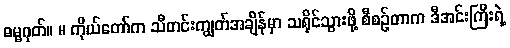
ဓမ္မဂုတ်။ ။ ကိုယ်တော်က သီတင်းကျွတ်အချိန်မှာ သရိုင်သွားဖို့ စီစဉ်တာက ဒီအင်းကြီးရဲ့